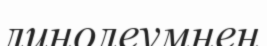
линолеумнен